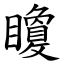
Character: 矎